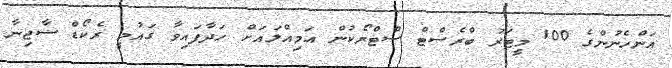
އަންހެނުންގެ 100 މީޓަރު ބްރެސްޓް ސްޓްރޯކުން އަމިއްލައަށް ހަދާފައިވާ ގައުމީ ރެކޯޑް ސާޖިނާ